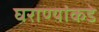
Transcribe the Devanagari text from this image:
घराण्यांकडे